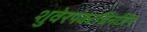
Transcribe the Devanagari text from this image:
शुवेरपंक्टप्रिनजिप